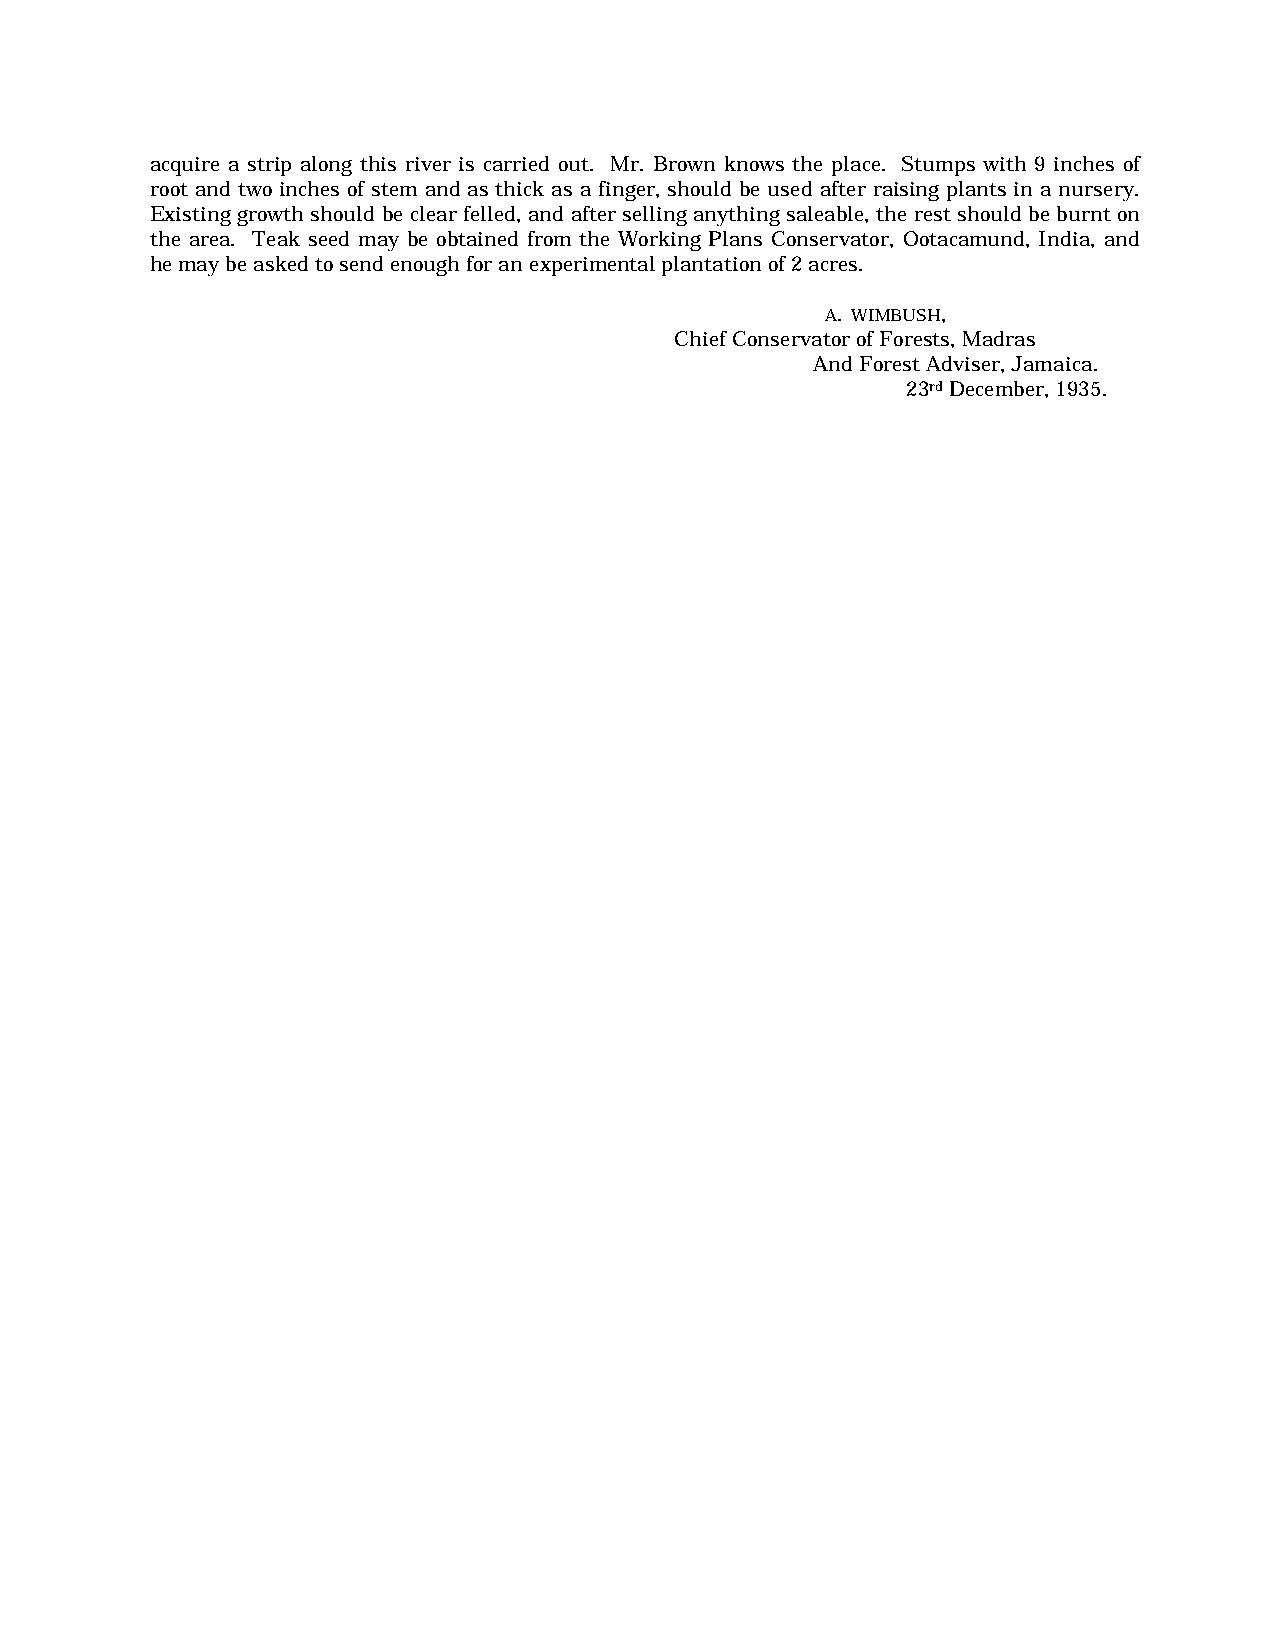
acquire a strip along this river is carried out. Mr. Brown knows the place. Stumps with 9 inches of
 root and two inches of stem and as thick as a finger, should be used after raising plants in a nursery.
 Existing growth should be clear felled, and after selling anything saleable, the rest should be burnt on
 the area. Teak seed may be obtained from the Working Plans Conservator, Ootacamund, India, and
 he may be asked to send enough for an experimental plantation of 2 acres.
 A. WIMBUSH,
 Chief Conservator of Forests, Madras
 And Forest Adviser, Jamaica.
 23rd December, 1935.